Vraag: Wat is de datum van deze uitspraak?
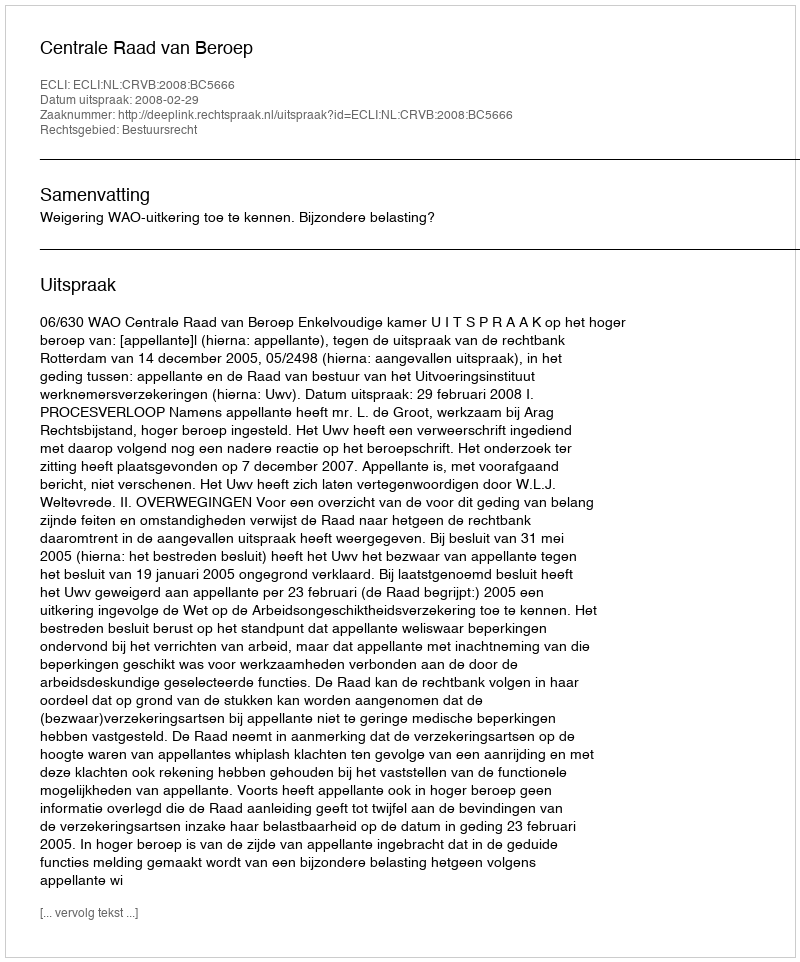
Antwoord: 2008-02-29